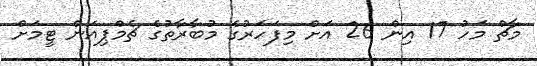
މާޗް މަހު 17 އިން 26 އަށް މިފަހަރުގެ މުބާރާތުގެ ޗެމްޕިއަން ޓީމަށް